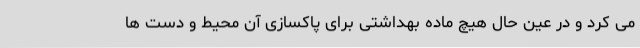
می کرد و در عین حال هیچ ماده بهداشتی برای پاکسازی آن محیط و دست ها